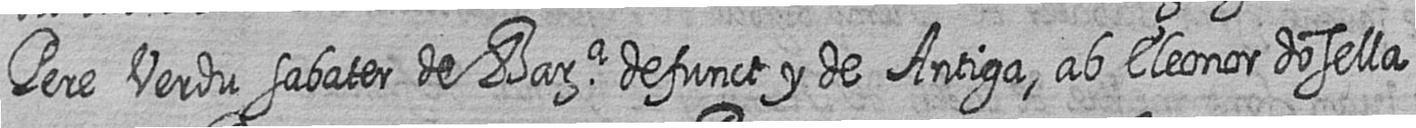
Pere Verdu sabater de Bara defunct y de Antiga ab Eleonor dosella